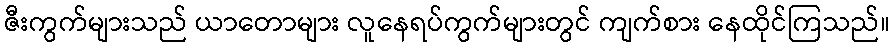
ဇီးကွက်များသည် ယာတောများ လူနေရပ်ကွက်များတွင် ကျက်စား နေထိုင်ကြသည်။